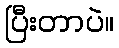
ပြီးတာပဲ။